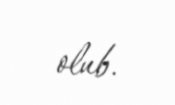
olub.